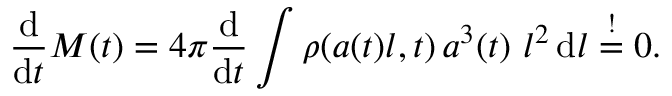
\frac { \mathrm { d } } { \mathrm { d } t } M ( t ) = 4 \pi \frac { \mathrm { d } } { \mathrm { d } t } \int \rho ( a ( t ) l , t ) \, a ^ { 3 } ( t ) \ l ^ { 2 } \, \mathrm { d } l \overset { ! } { = } 0 .